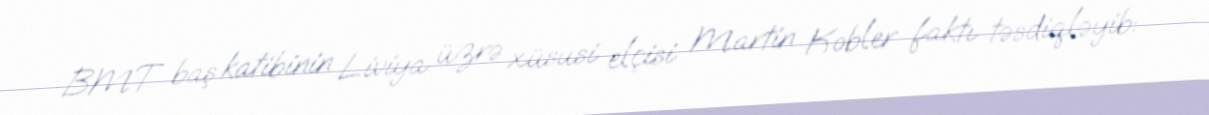
BMT baş katibinin Liviya üzrə xüsusi elçisi Martin Kobler faktı təsdiqləyib: